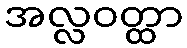
အလ္လဝတ္ထာ